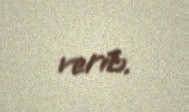
verib.